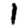
Digit: 1